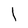
Character: l